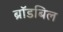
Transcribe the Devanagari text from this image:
ब्रॉडबिल